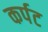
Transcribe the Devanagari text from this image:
कर्पट